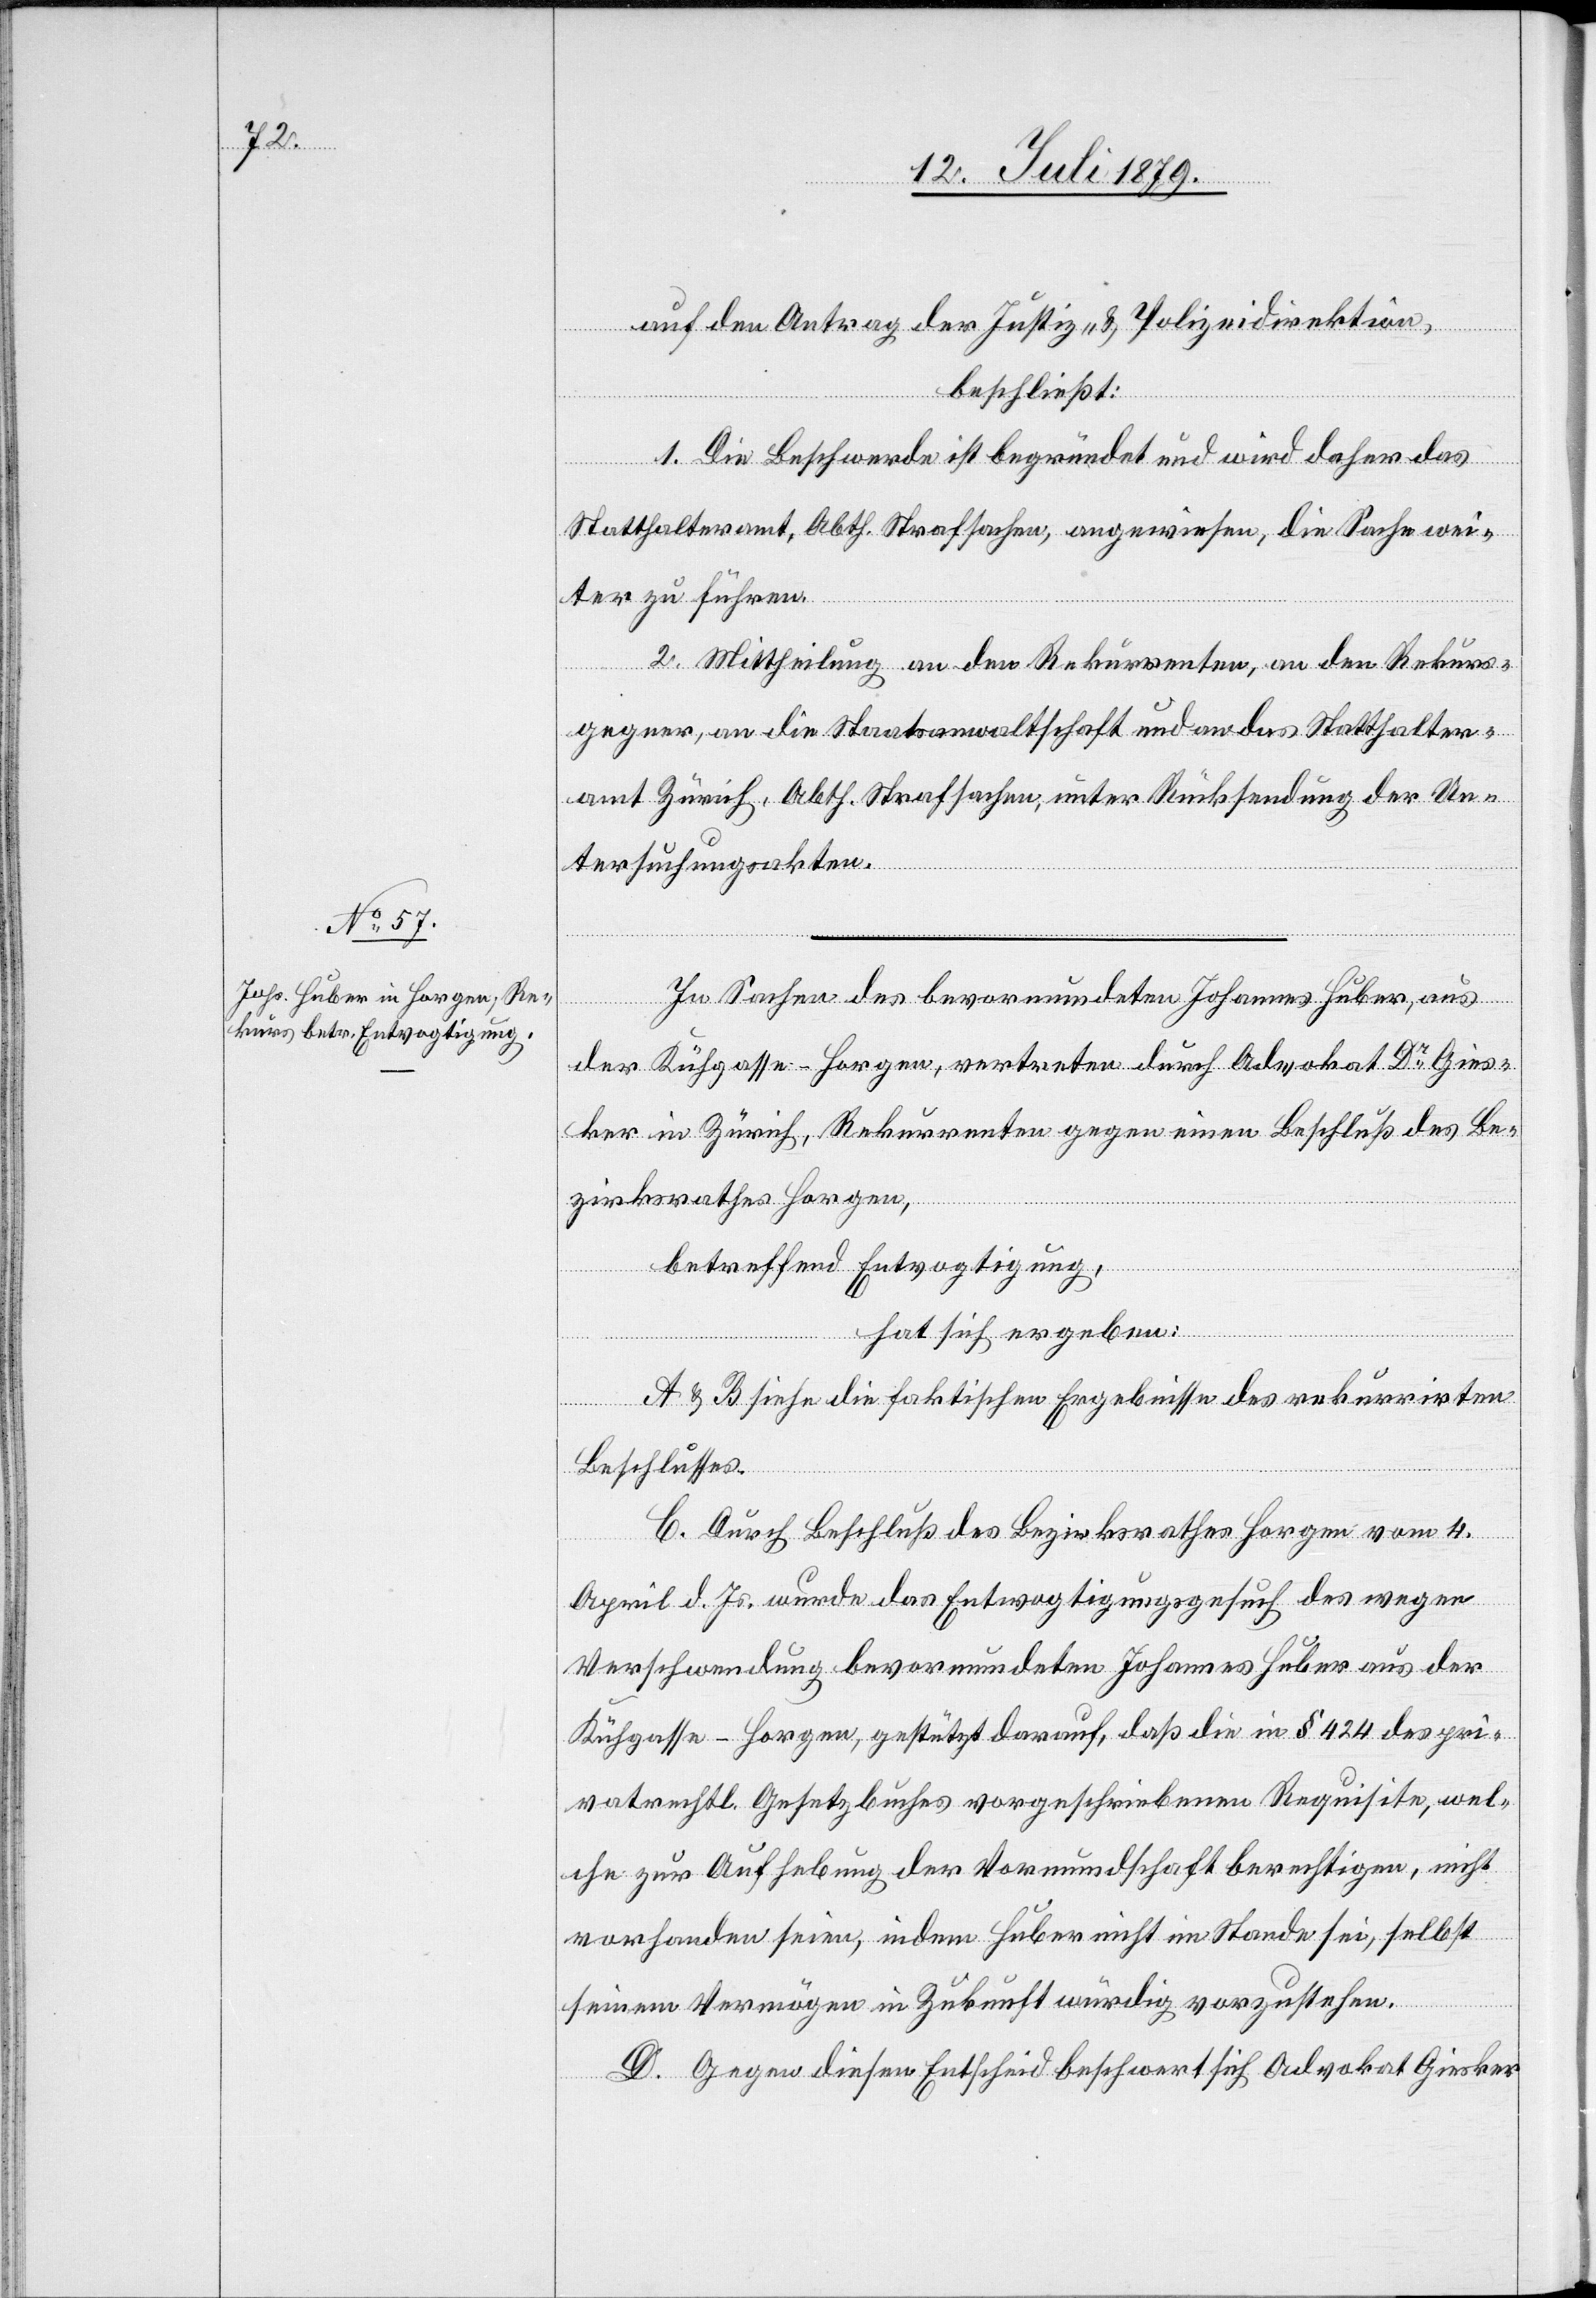
auf den Antrag der Justiz- & Polizeidirektion,
beschließt:
1. Die Beschwerde ist begründet und wird daher das
Statthalteramt, Abth. Strafsachen, angewiesen, die Sache wei¬
ter zu führen.
2. Mittheilung an den Rekurrenten, an den Rekurs¬
gegner, an die Staatsanwaltschaft und an das Statthalter¬
amt Zürich, Abth. Strafsachen, unter Rücksendung der Un¬
tersuchungsakten.
In Sachen des bevormundeten Johannes Huber, aus
der Kühgasse - Horgen, vertreten durch Advokat Dr Gies¬
ker in Zürich, Rekurrenten gegen einen Beschluß des Be¬
zirksrathes Horgen,
betreffend Entvogtigung,
hat sich ergeben:
A & B siehe die faktischen Ergebnisse des rekurrirten
Beschlusses.
C. Durch Beschluß des Bezirksrathes Horgen vom 4.
April d. Js. wurde das Entvogtigungsgesuch des wegen
Verschwendung bevormundeten Johannes Huber aus der
Kühgasse - Horgen, gestützt darauf, daß die in § 424 des pri¬
vatrechtl. Gesetzbuches vorgeschriebenen Requisite, wel¬
che zur Aufhebung der Vormundschaft berechtigen, nicht
vorhanden seien, indem Huber nicht im Stande sei, selbst
seinem Vermögen in Zukunft würdig vorzustehen.
D. Gegen diesen Entscheid beschwert sich Advokat Giesker